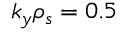
k _ { y } \rho _ { s } = 0 . 5